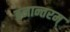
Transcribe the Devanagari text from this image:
वनान्तरम्